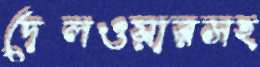
দেলওয়ারসহ